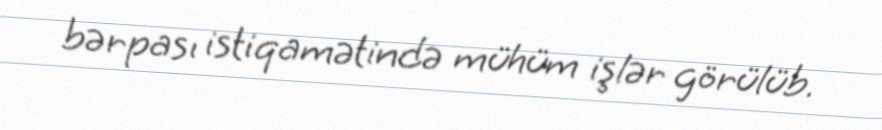
bərpası istiqamətində mühüm işlər görülüb.